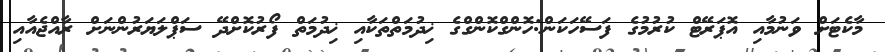
މާކެޓަށް ވަނުމާއި އޮޕަރޭޓް ކުރުމުގެ ފަސޭހަކަން:ހޮންގްކޮންގްގެ ޚިދުމަތްތަކާއި ޚިދުމަތް ފޯރުކޮށްދޭ ސަޕްލަޔަރުންނަށް ރާއްޖެއާއި